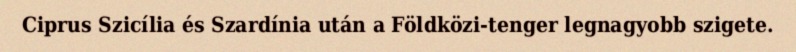
Ciprus Szicília és Szardínia után a Földközi-tenger legnagyobb szigete.